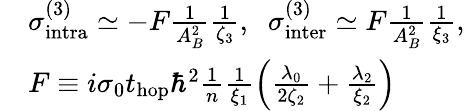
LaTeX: \begin{array}{rl}&{\sigma_{\mathrm{intra}}^{(3)}\simeq-F\frac{1}{A_{B}^{2}}\frac{1}{\zeta_{3}},\; \; \sigma_{\mathrm{inter}}^{(3)}\simeq F\frac{1}{A_{B}^{2}}\frac{1}{\xi_{3}},}\\ &{F\equiv i\sigma_{0}t_{\mathrm{hop}}\hbar^{2}\frac{1}{n}\frac{1}{\xi_{1}}\Bigl(\frac{\lambda_{0}}{2\zeta_{2}}+\frac{\lambda_{2}}{\xi_{2}}\Bigl)}\end{array}